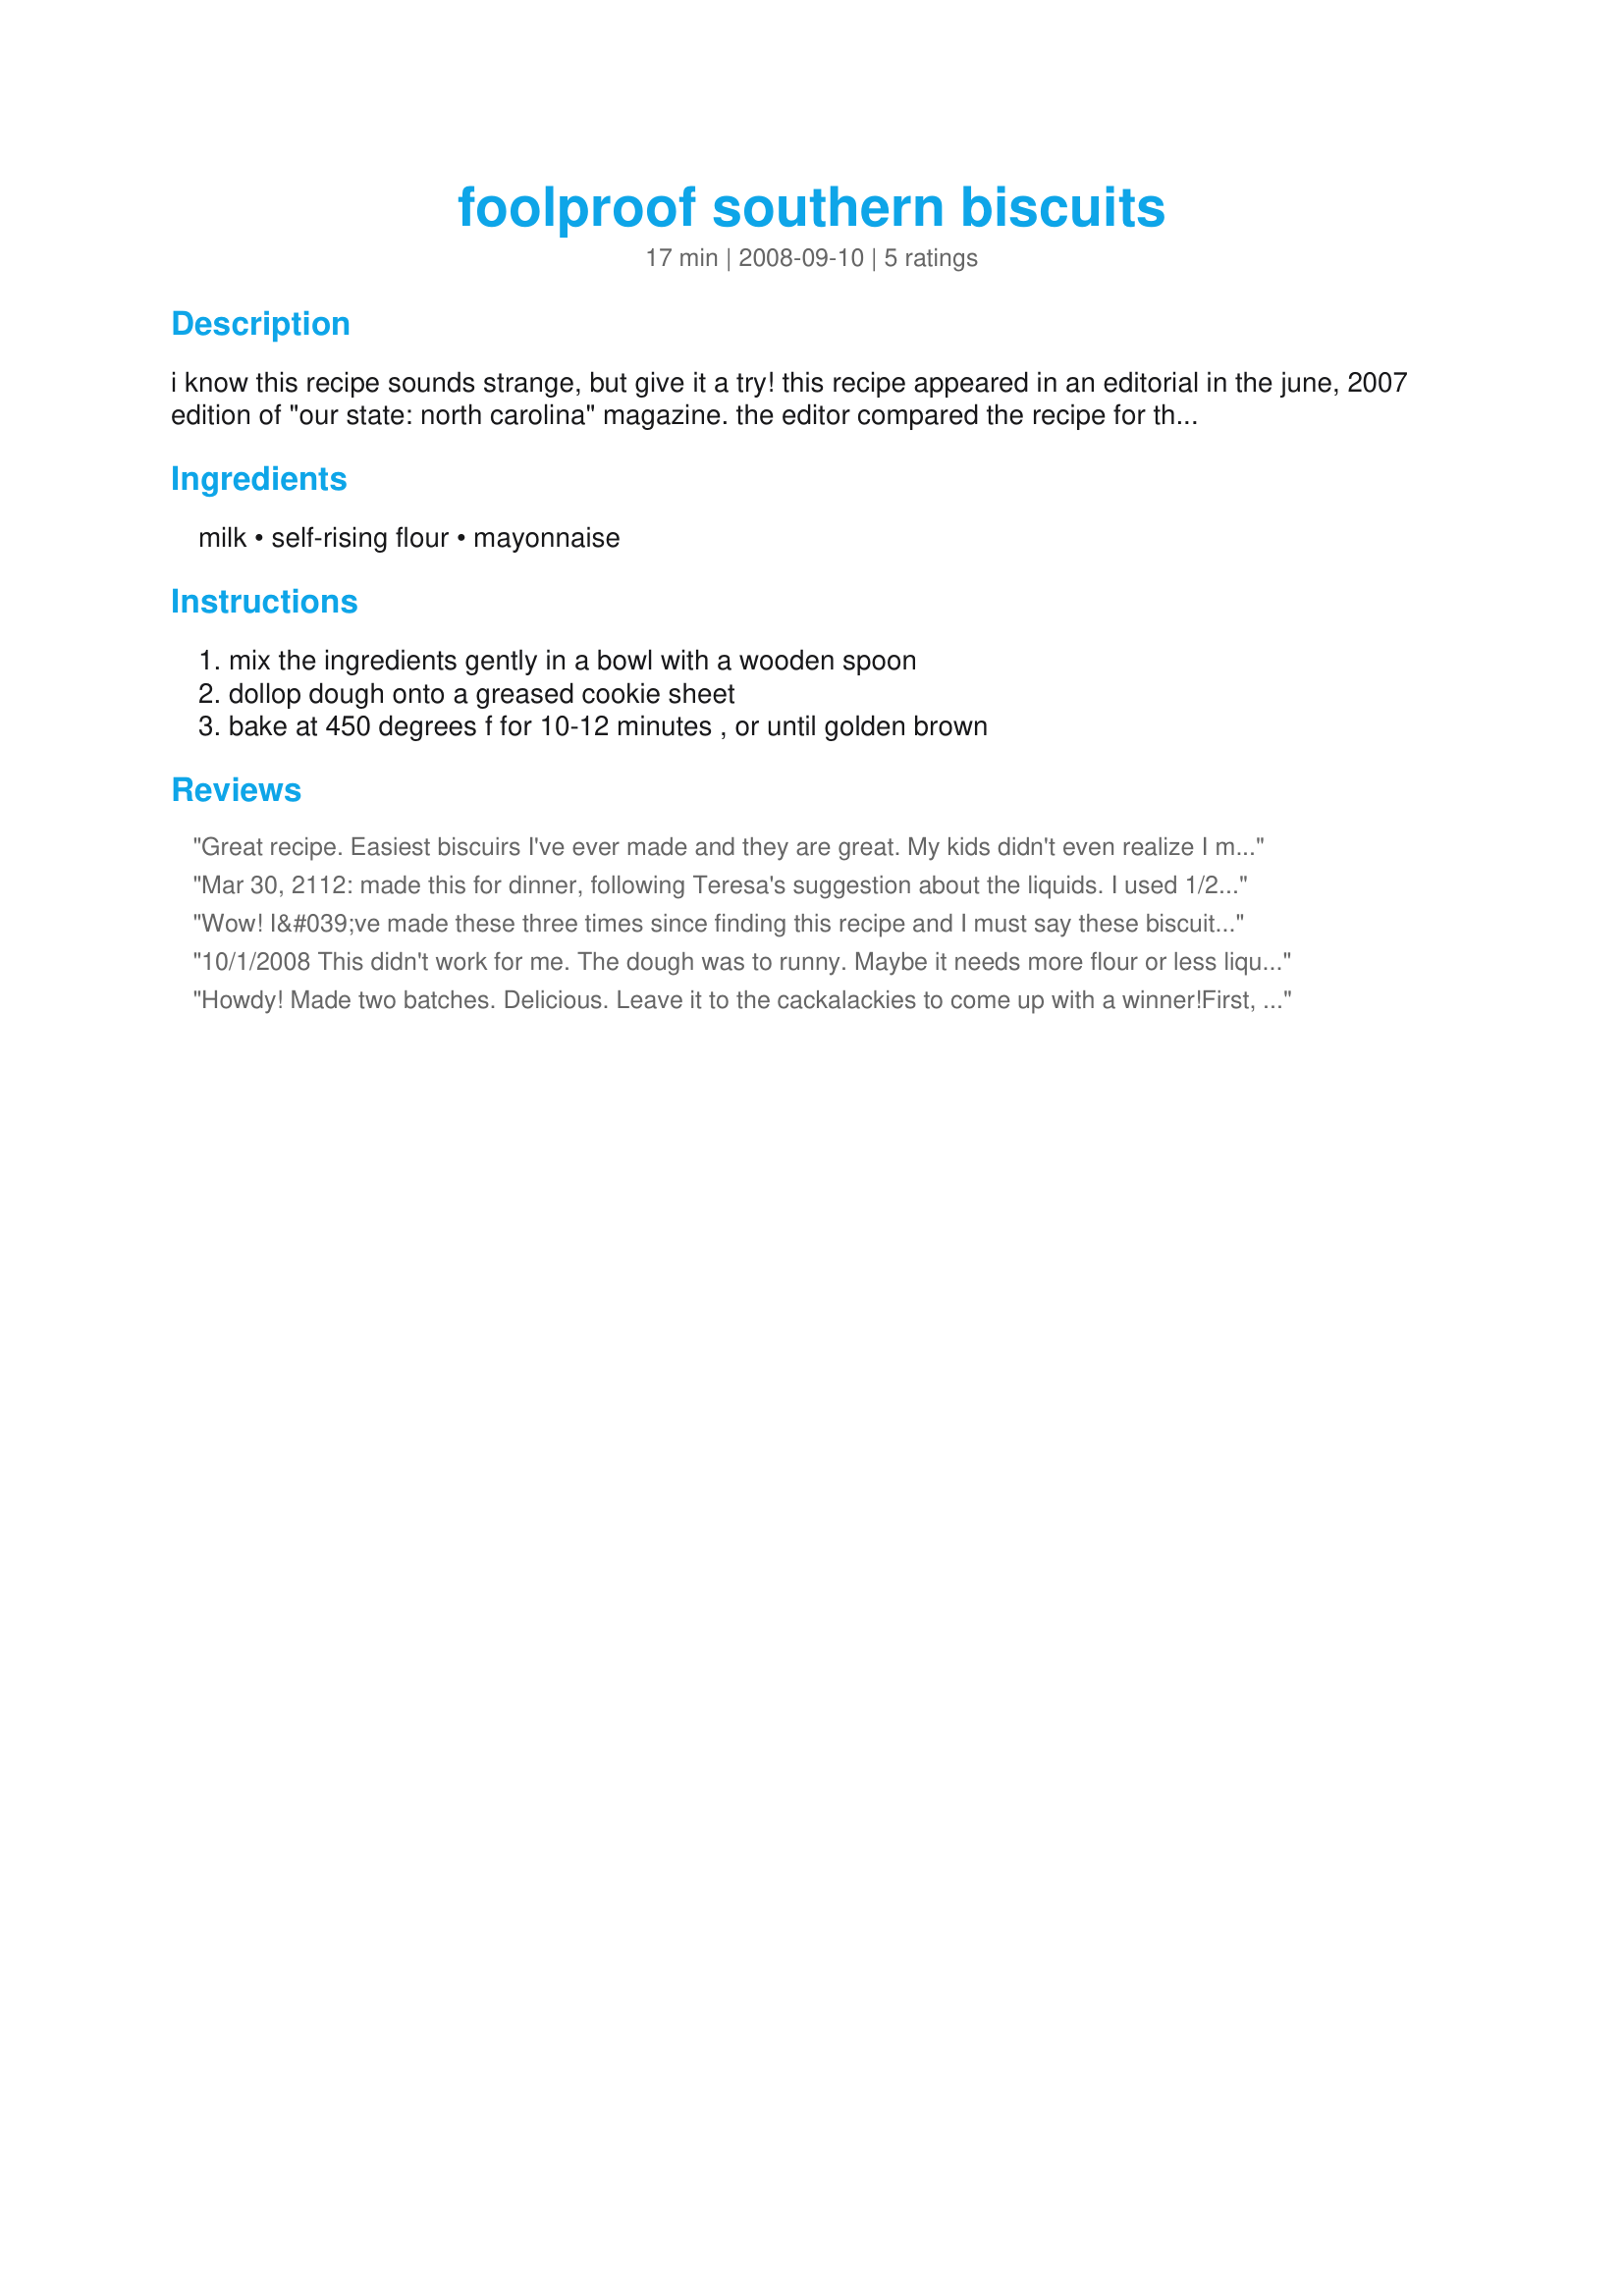
foolproof southern biscuits
Preparation time: 17 minutes

i know this recipe sounds strange, but give it a try! this recipe appeared in an editorial in the june, 2007 edition of "our state: north carolina" magazine. the editor compared the recipe for these biscuits to a "family secret handshake!"

Ingredients:
milk, self-rising flour, mayonnaise

Steps:
mix the ingredients gently in a bowl with a wooden spoon, dollop dough onto a greased cookie sheet, bake at 450 degrees f for 10-12 minutes , or until golden brown

Reviews:
Great recipe. Easiest biscuirs I've ever made and they are great. My kids didn't even realize I made 'em different. They were done in less than 20 minutes from start to finish. Thank you for this recipe!!!
Mar 30, 2112: made this for dinner, following Teresa's suggestion about the liquids. I used 1/2 c mayo and 2/3 c milk, added slowly as I stirred the mayo into the flour (not easy to find self rising flour here in Canada). I then turned out onto a floured countertop and patted the dough down to about 1/4 in, folded it over and cut 2 1/2 in biscuits. They rose nicely, didn't brown all that much, but were very good. We noticed the salt, but our diets have been very reduced in salt, so any amount seems alot. Enjoyed the biscuits with a big salad. Shall make again and again and again. BTW, I saved the last two biscuits for dessert with homemade strawberry jam, the sweet and salty tastes were wonderful!!
Wow! I&#039;ve made these three times since finding this recipe and I must say these biscuits are absolutely delicious! They bake up light and fluffy and taste fantastic! No need for honey, butter, or anything extra! I personally did not find the need to alter the recipe at all - the ratios are spot on for me and the biscuits turn out perfect every time! They are so quick and easy - this will be a go-to recipe from now on! Thanks for sharing! :)
10/1/2008 This didn't work for me. The dough was to runny. Maybe it needs more flour or less liquid. The hardest part of the recipe was finding the self-rising flour in the store. When cooked they became flat like a pancake. We did love the flavor. Think I may give it another shot using less liquid. I made sure to not over mix. 10/02/2008 I made these again tonight but used less liquid. I used 2/3 cup of milk and 2/3 cup of mayonnaise and they came out perfect. Nice and fluffy and TALL just like biscuits are suppose to be. These have a wonderful flavor. Thanks for posting. Made for PAC Fall 2008.
Howdy! Made two batches. Delicious. Leave it to the cackalackies to come up with a winner!<br/><br/>First, gotta agree with previous posters, as printed the liquids are too much. For me, the winning ratio for 2 cups of flour was closer to 1/2 cup mayo, 2/3 cup milk as mentioned by other posters. Maybe for the printed liquids it's 2 heaping cups of flour, not sure. <br/><br/>Second note, self-rising flour is just flour with baking powder and salt added. So : 2 level cups flour, 1 level tbsp baking powder, pinch of salt will get you there (save you some cash and difficulty trying to find it also). <br/><br/>Final note, 1 tsp honey into the batter really does wonders.
